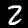
Digit: 2